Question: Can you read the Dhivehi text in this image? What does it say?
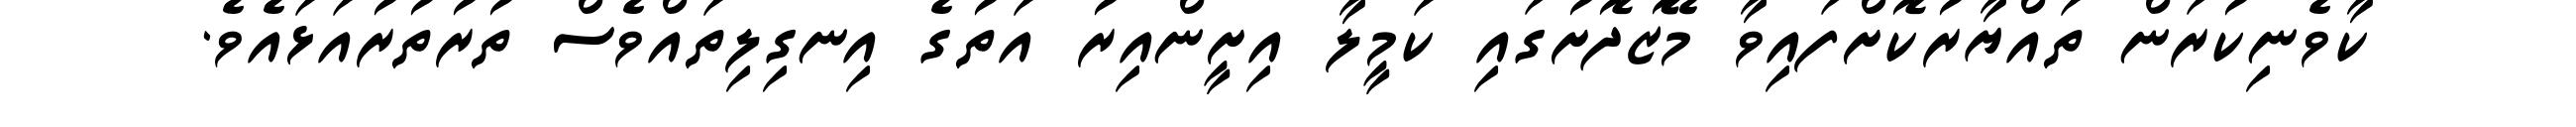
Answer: ކާވެނިކުރަން ތައްޔާރުކޮށްފައިވާ މޭޒުދޮށުގައި ކަމީލާ އިށީންއިރު އަތުގެ އިނގިލިތައްވެސް ތުރުތުރުއަޅައެވެ.